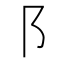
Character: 阝